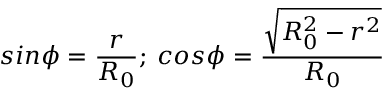
s i n { \phi } = \frac { r } { R _ { 0 } } ; { \: } c o s { \phi } = \frac { \sqrt { R _ { 0 } ^ { 2 } - r ^ { 2 } } } { R _ { 0 } }